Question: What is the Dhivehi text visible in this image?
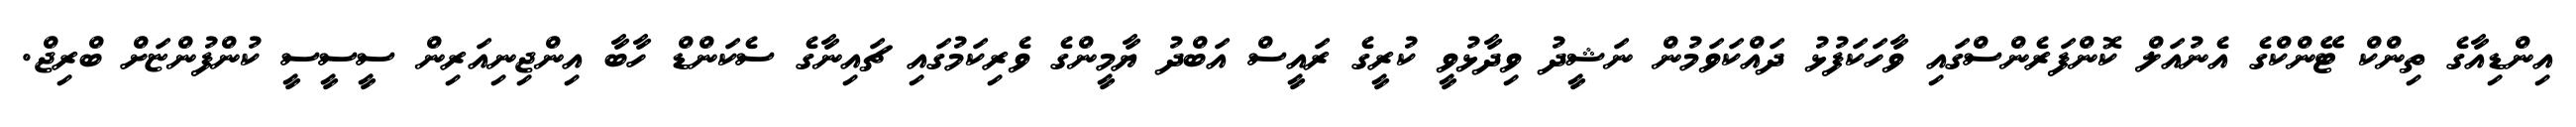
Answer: އިންޑިއާގެ ތިންކް ޓޭންކްގެ އެނުއަލް ކޮންފަރެންސްގައި ވާހަކަފުޅު ދައްކަވަމުން ނަޝީދު ވިދާޅުވީ ކުރީގެ ރައީސް އަބްދު ޔާމީންގެ ވެރިކަމުގައި ޗައިނާގެ ސެކަންޑް ހާބާ އިންޖިނިއަރިން ސީސީސީ ކުންފުންޏަށް ބްރިޖް.